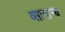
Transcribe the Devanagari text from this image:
व्सामान्य